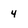
Character: 4